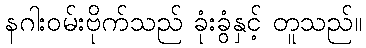
နဂါးဝမ်းဗိုက်သည် ခုံးခွံနှင့် တူသည်။